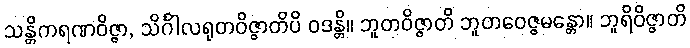
သန္တိကရဏဝိဇ္ဇာ, သိင်္ဂါလရုတဝိဇ္ဇာတိပိ ဝဒန္တိ။ ဘူတဝိဇ္ဇာတိ ဘူတဝေဇ္ဇမန္တော။ ဘူရိဝိဇ္ဇာတိ